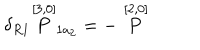
\delta _ { R 1 } \stackrel { [ 3 , 0 ] } { P } _ { 1 a _ { 2 } } = - \stackrel { [ 2 , 0 ] } { P }